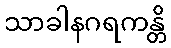
သာခါနဂရကန္တိ